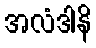
အလံဒါနိ